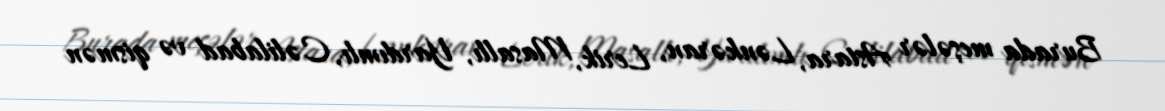
Burada meşələr Astara, Lənkəran, Lerik, Masallı, Yardımlı, Cəlilabad və qismən